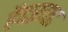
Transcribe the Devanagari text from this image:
हैदरगढ